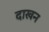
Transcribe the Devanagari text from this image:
दाखन